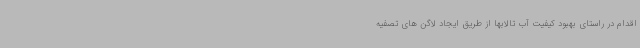
اقدام در راستای بهبود کیفیت آب تالابها از طریق ایجاد لاگن های تصفیه